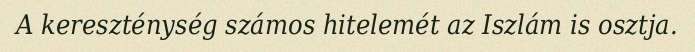
A kereszténység számos hitelemét az Iszlám is osztja.